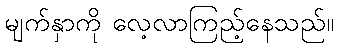
မျက်နှာကို လေ့လာကြည့်နေသည်။